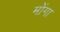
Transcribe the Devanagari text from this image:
मोंगा